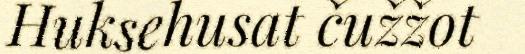
Huksehusat čužžot